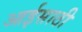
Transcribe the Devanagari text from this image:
आईसाठी